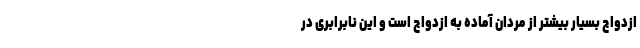
ازدواج بسیار بیشتر از مردان آماده به ازدواج است و این نابرابری در